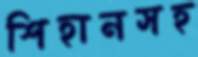
শিহানসহ